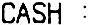
CASH :